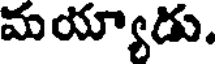
మయ్యాడు.